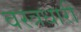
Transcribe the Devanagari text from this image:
वस्‍त्रधारी